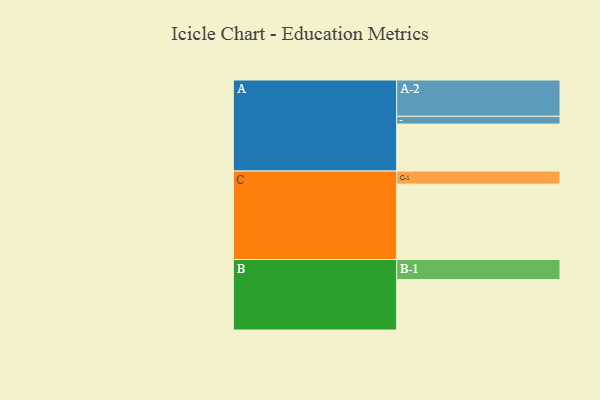
{"axis": {"x": "Segment", "y": "Value"}, "legend": ["", "A", "B", "C"], "data": [{"x": "A", "y": 356, "type": ""}, {"x": "B", "y": 382, "type": ""}, {"x": "C", "y": 571, "type": ""}, {"x": "A-1", "y": 59, "type": "A"}, {"x": "A-2", "y": 275, "type": "A"}, {"x": "B-1", "y": 152, "type": "B"}, {"x": "C-1", "y": 99, "type": "C"}]}